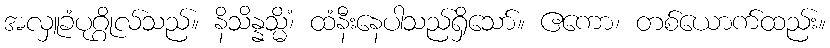
အလှူခံပုဂ္ဂိုလ်သည်။ နိသိန္နသ္မိံ၊ ထံနီးနေပါသည်ရှိသော်။ ဧကော၊ တစ်ယောက်ထည်း။